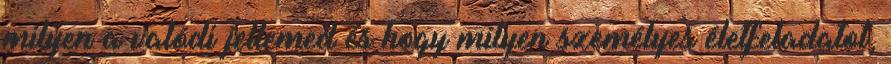
milyen a valódi jellemed és hogy milyen személyes életfeladatot,